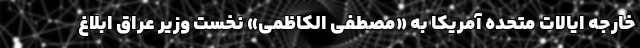
خارجه ایالات متحده آمریکا به «مصطفی الکاظمی» نخست وزیر عراق ابلاغ